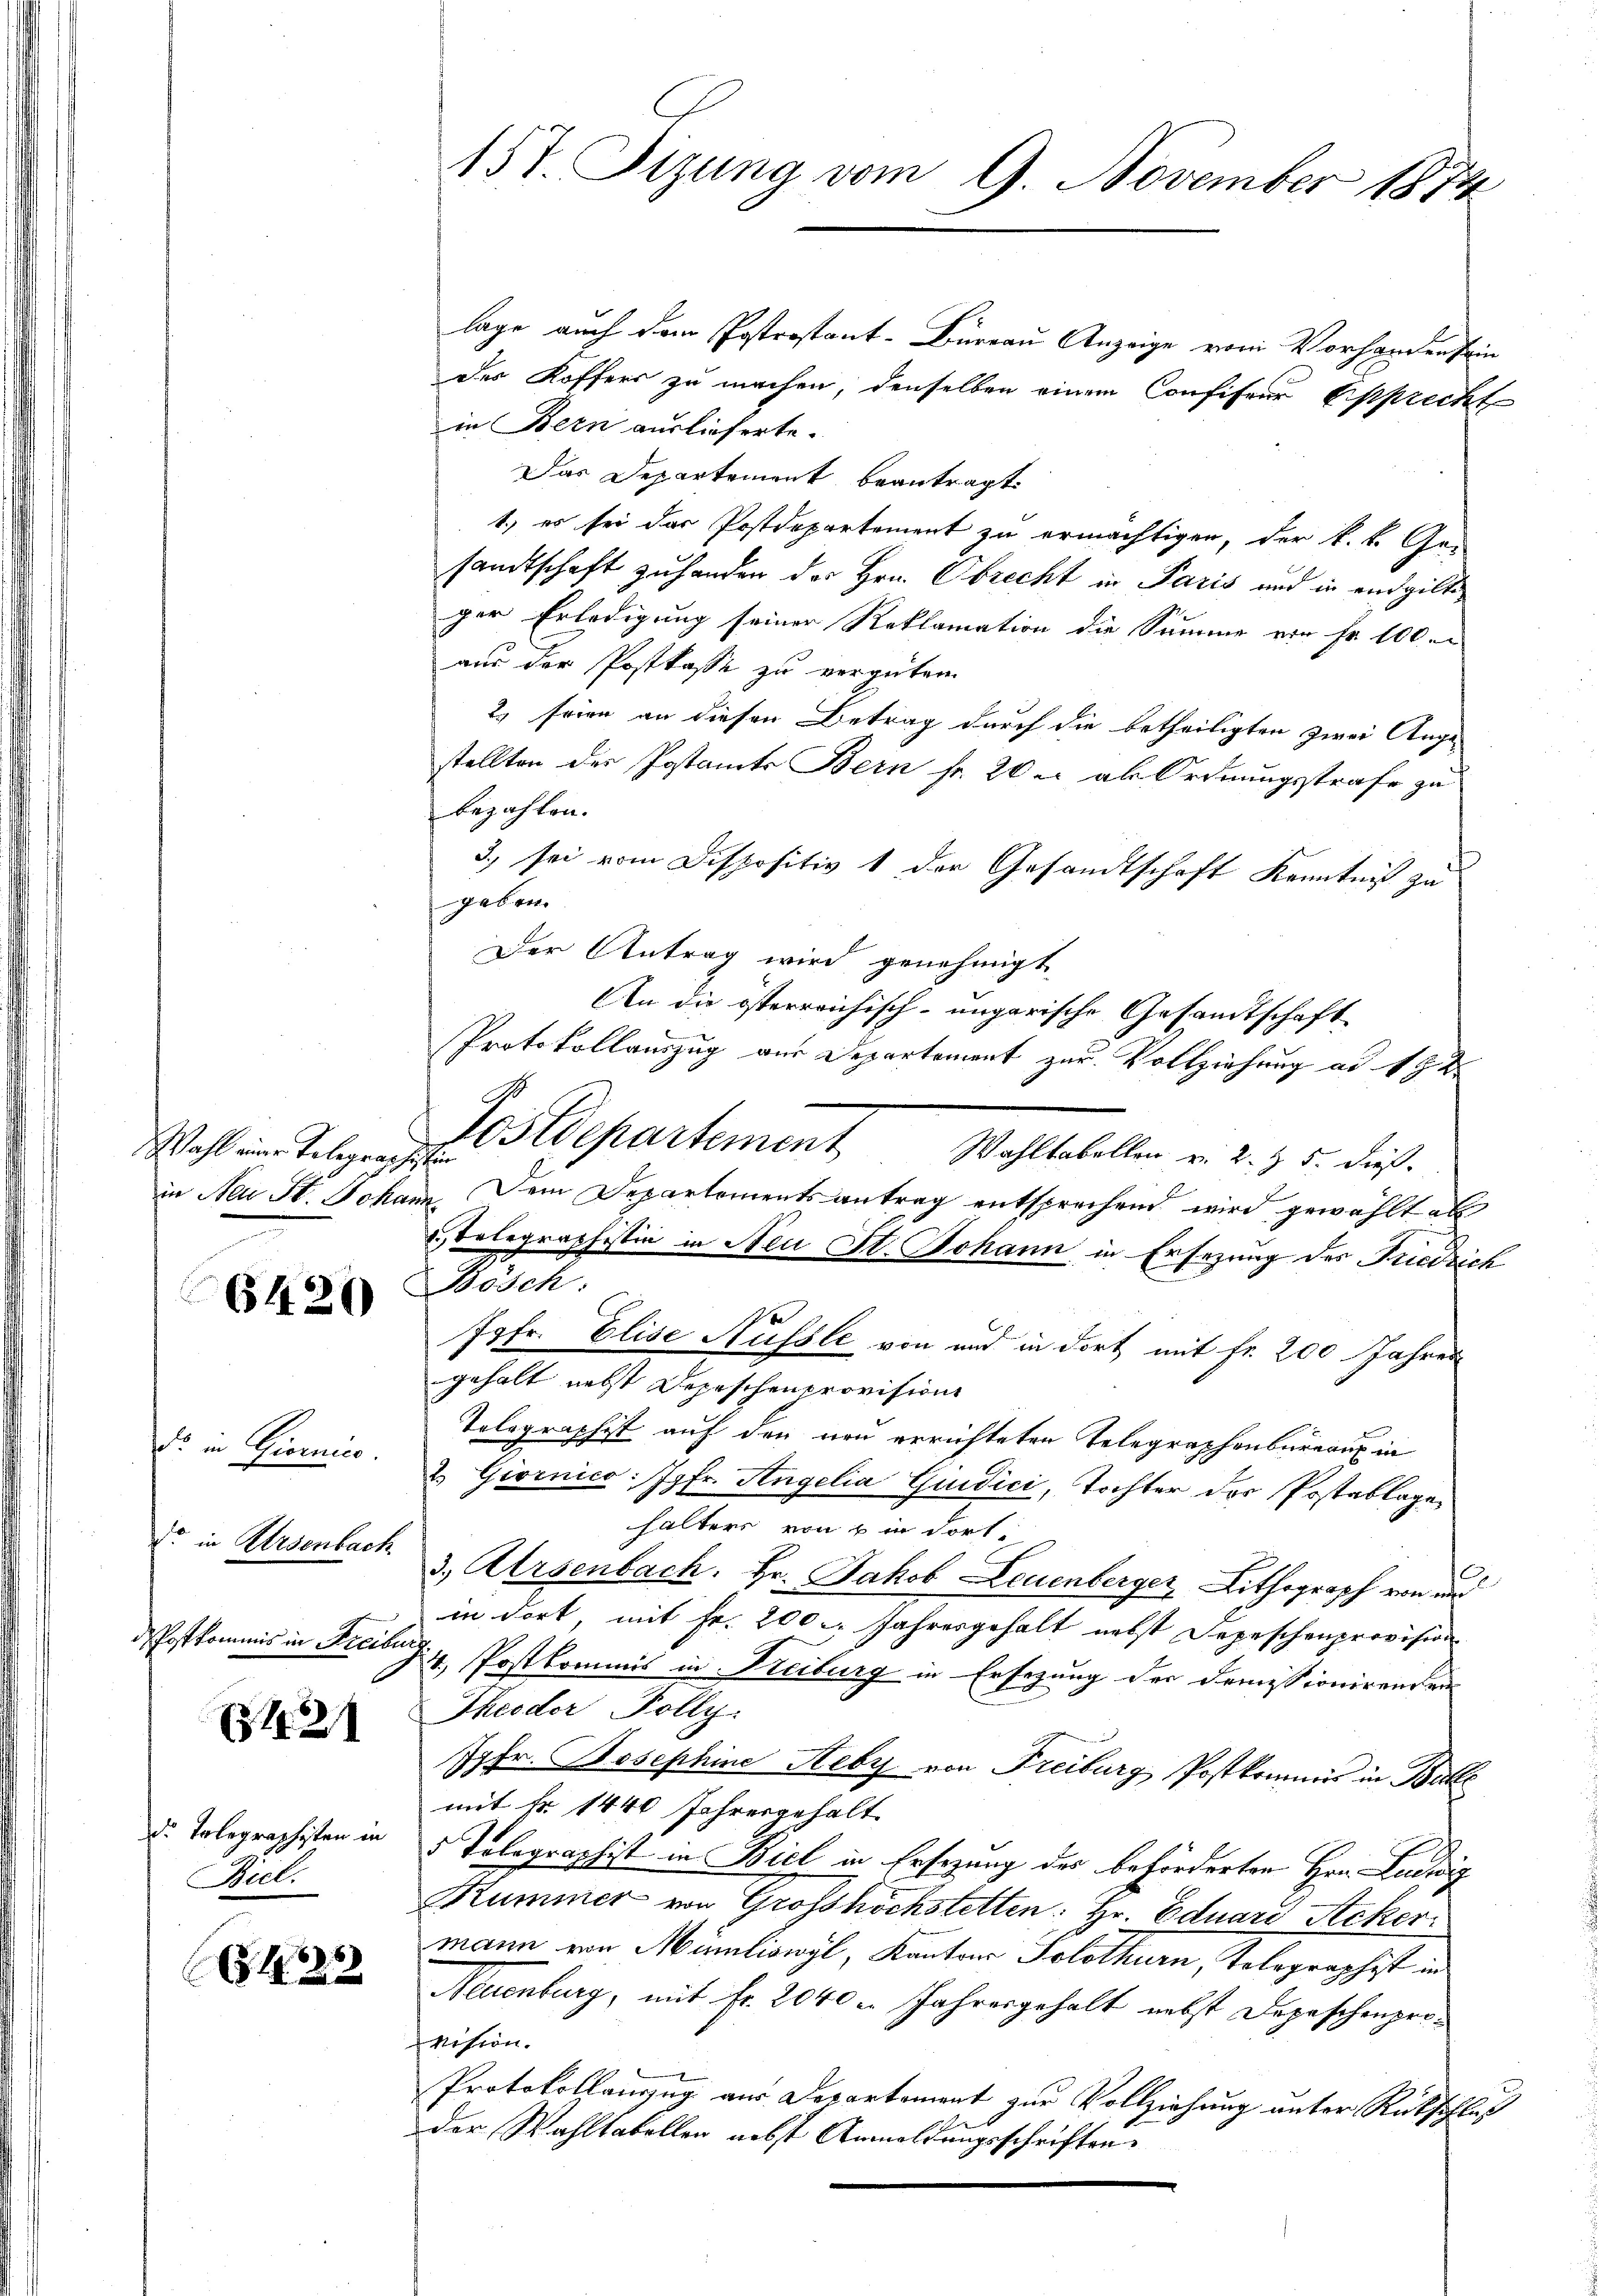
Wahl einer Telegraphistin

6420

dr. in Giornico.
do in Arsenbach
dPostkommis in Freiburg

121

d. Telegraphisten in
Picl.

435

157. Sizung vom 9. November 1874

lage auch dem Postrostant-Büreau Anzeige vom Vorhanden sein
des Koffers zu machen, denselben einem Confiseur Epprecht
in Bern auslieferte.
Das Departement beantragt.
1.) es sei das Postdepartement zu ermächtigen, der k. k. Ge-
sandtschaft zu handen des Hrn. Obrecht in Paris und in endgilt
ger Erledigung seiner Reklamation die Summe von Fr. 100.
aus der Postkasse zu vergüten.
2) seien an diesen Betrag durch die betheiligten zwei Angestellten des Postamts Bein fr. 20 er ab Ordnungsstrafe zu
bezahlen.
3. sei vom Dispositiv 1 der Gesandtschaft Kenntniß zu
geben.
Der Antrag wird genehmigt
An die österreichisch-ungarische Gesandtschaft
Protokollauszug aus Departement zur Vollziehung ad 19. d.
Wahltabellen v. 2. §. 5. dieß
in Neu St. Johann. Dem Departementsantrag entsprechend wird gewählt als
 Telegraphistin in Neu St. Johann in Ersezung des Friedrich
Bösch
Jgfr. Elise Nüssle von und in dort mit fr. 200 Jahres
gehalt nebst Depeschenprovisions
Tolographist auf den von errichteten Telegraphenbureau in
2. Giornico: Jgfr. Angelia Giudici, Tochter der Postablage
haltern von in dorti
3., Arsenbach. Hr. Jakob Leuenberger Lithograph von und
in dort, mit Fr. 200. Jahresgehalt nebst Depeschenprovision
4. Postkommis in Freiburg in Ersezung der Demissionirenden
Theoder Polly.
Jgfr. Josephine Steby von Freiburg Postkommis in Balle
mit Fr. 1440 Jahresgehalt
5 Tolographist in Biel in Ersezung des beförderten Hrn. Ludwig
Rummer von Grosshöchstetten: Hr. Eduard Ackermann von Müniliswyl, Kantons Solothurn, Telegraphist in
Neuenburg, mit fr. 2040 u. Jahresgehalt nebst Depeschenprovision.
Protokollanzug aus Departement zur Vollziehung unter Rückschluß
der Wahltabellen nebst Anmeldungsschriften.

Postdepartement